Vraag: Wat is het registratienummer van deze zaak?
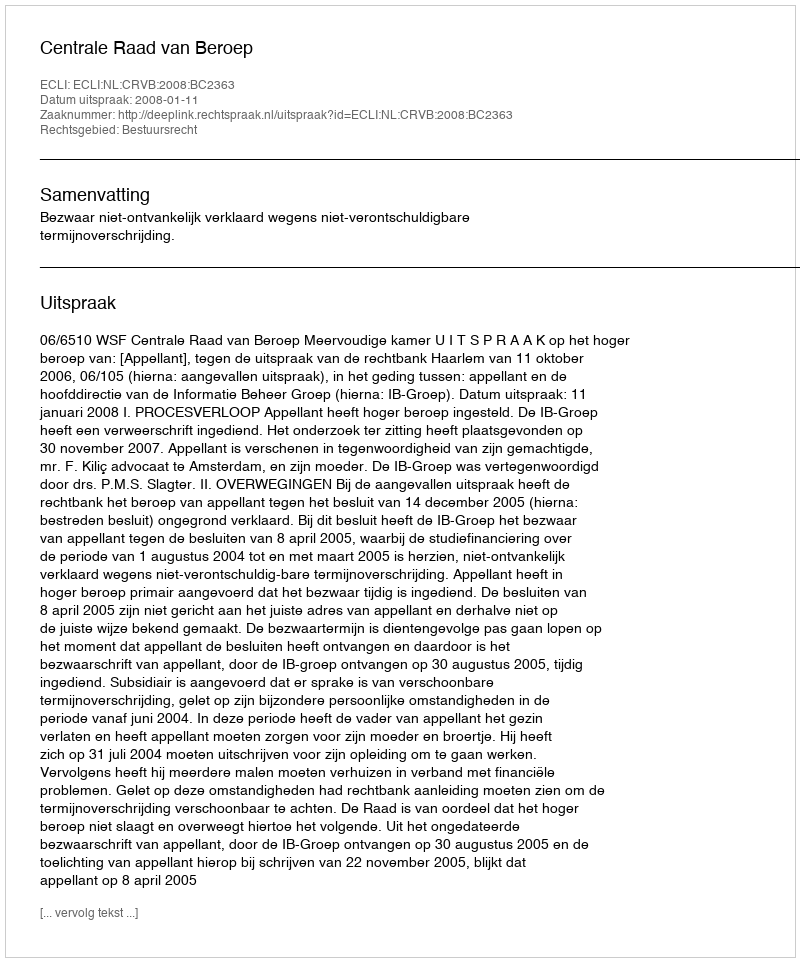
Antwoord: http://deeplink.rechtspraak.nl/uitspraak?id=ECLI:NL:CRVB:2008:BC2363